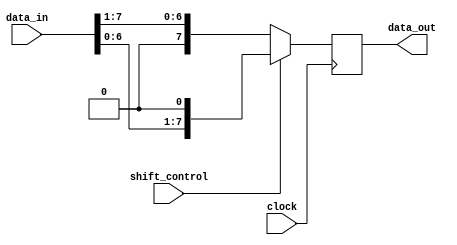
module shift_register (
    input wire [7:0] data_in,
    input wire shift_control,
    output reg [7:0] data_out,
    input wire clock
);

reg [7:0] shifted_data;

always @(posedge clock) begin
    if (shift_control) begin
        shifted_data <= {data_in[6:0], 1'b0}; // Shift data to the left
    end else begin
        shifted_data <= {1'b0, data_in[7:1]}; // Shift data to the right
    end
end

assign data_out = shifted_data;

endmodule